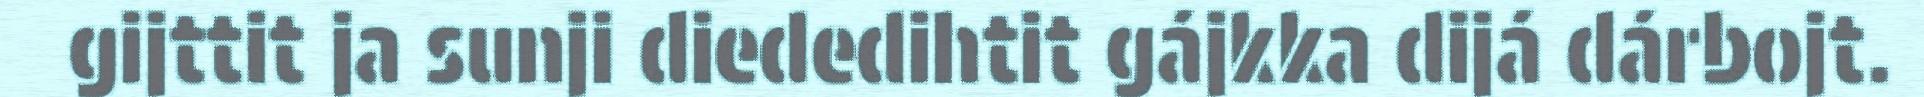
gijttit ja sunji diededihtit gájkka dijá dárbojt.